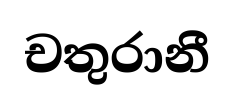
චතුරානී